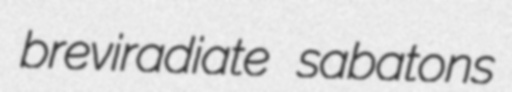
breviradiate sabatons